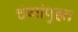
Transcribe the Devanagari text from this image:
चंगांपुझा